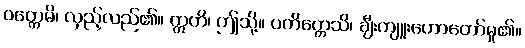
ဝတ္တေမိ၊ လှည့်လည်၏။ ဣတိ၊ ဤသို့။ ပကိတ္တေသိ၊ ချီးကျူးဟောတော်မူ၏။